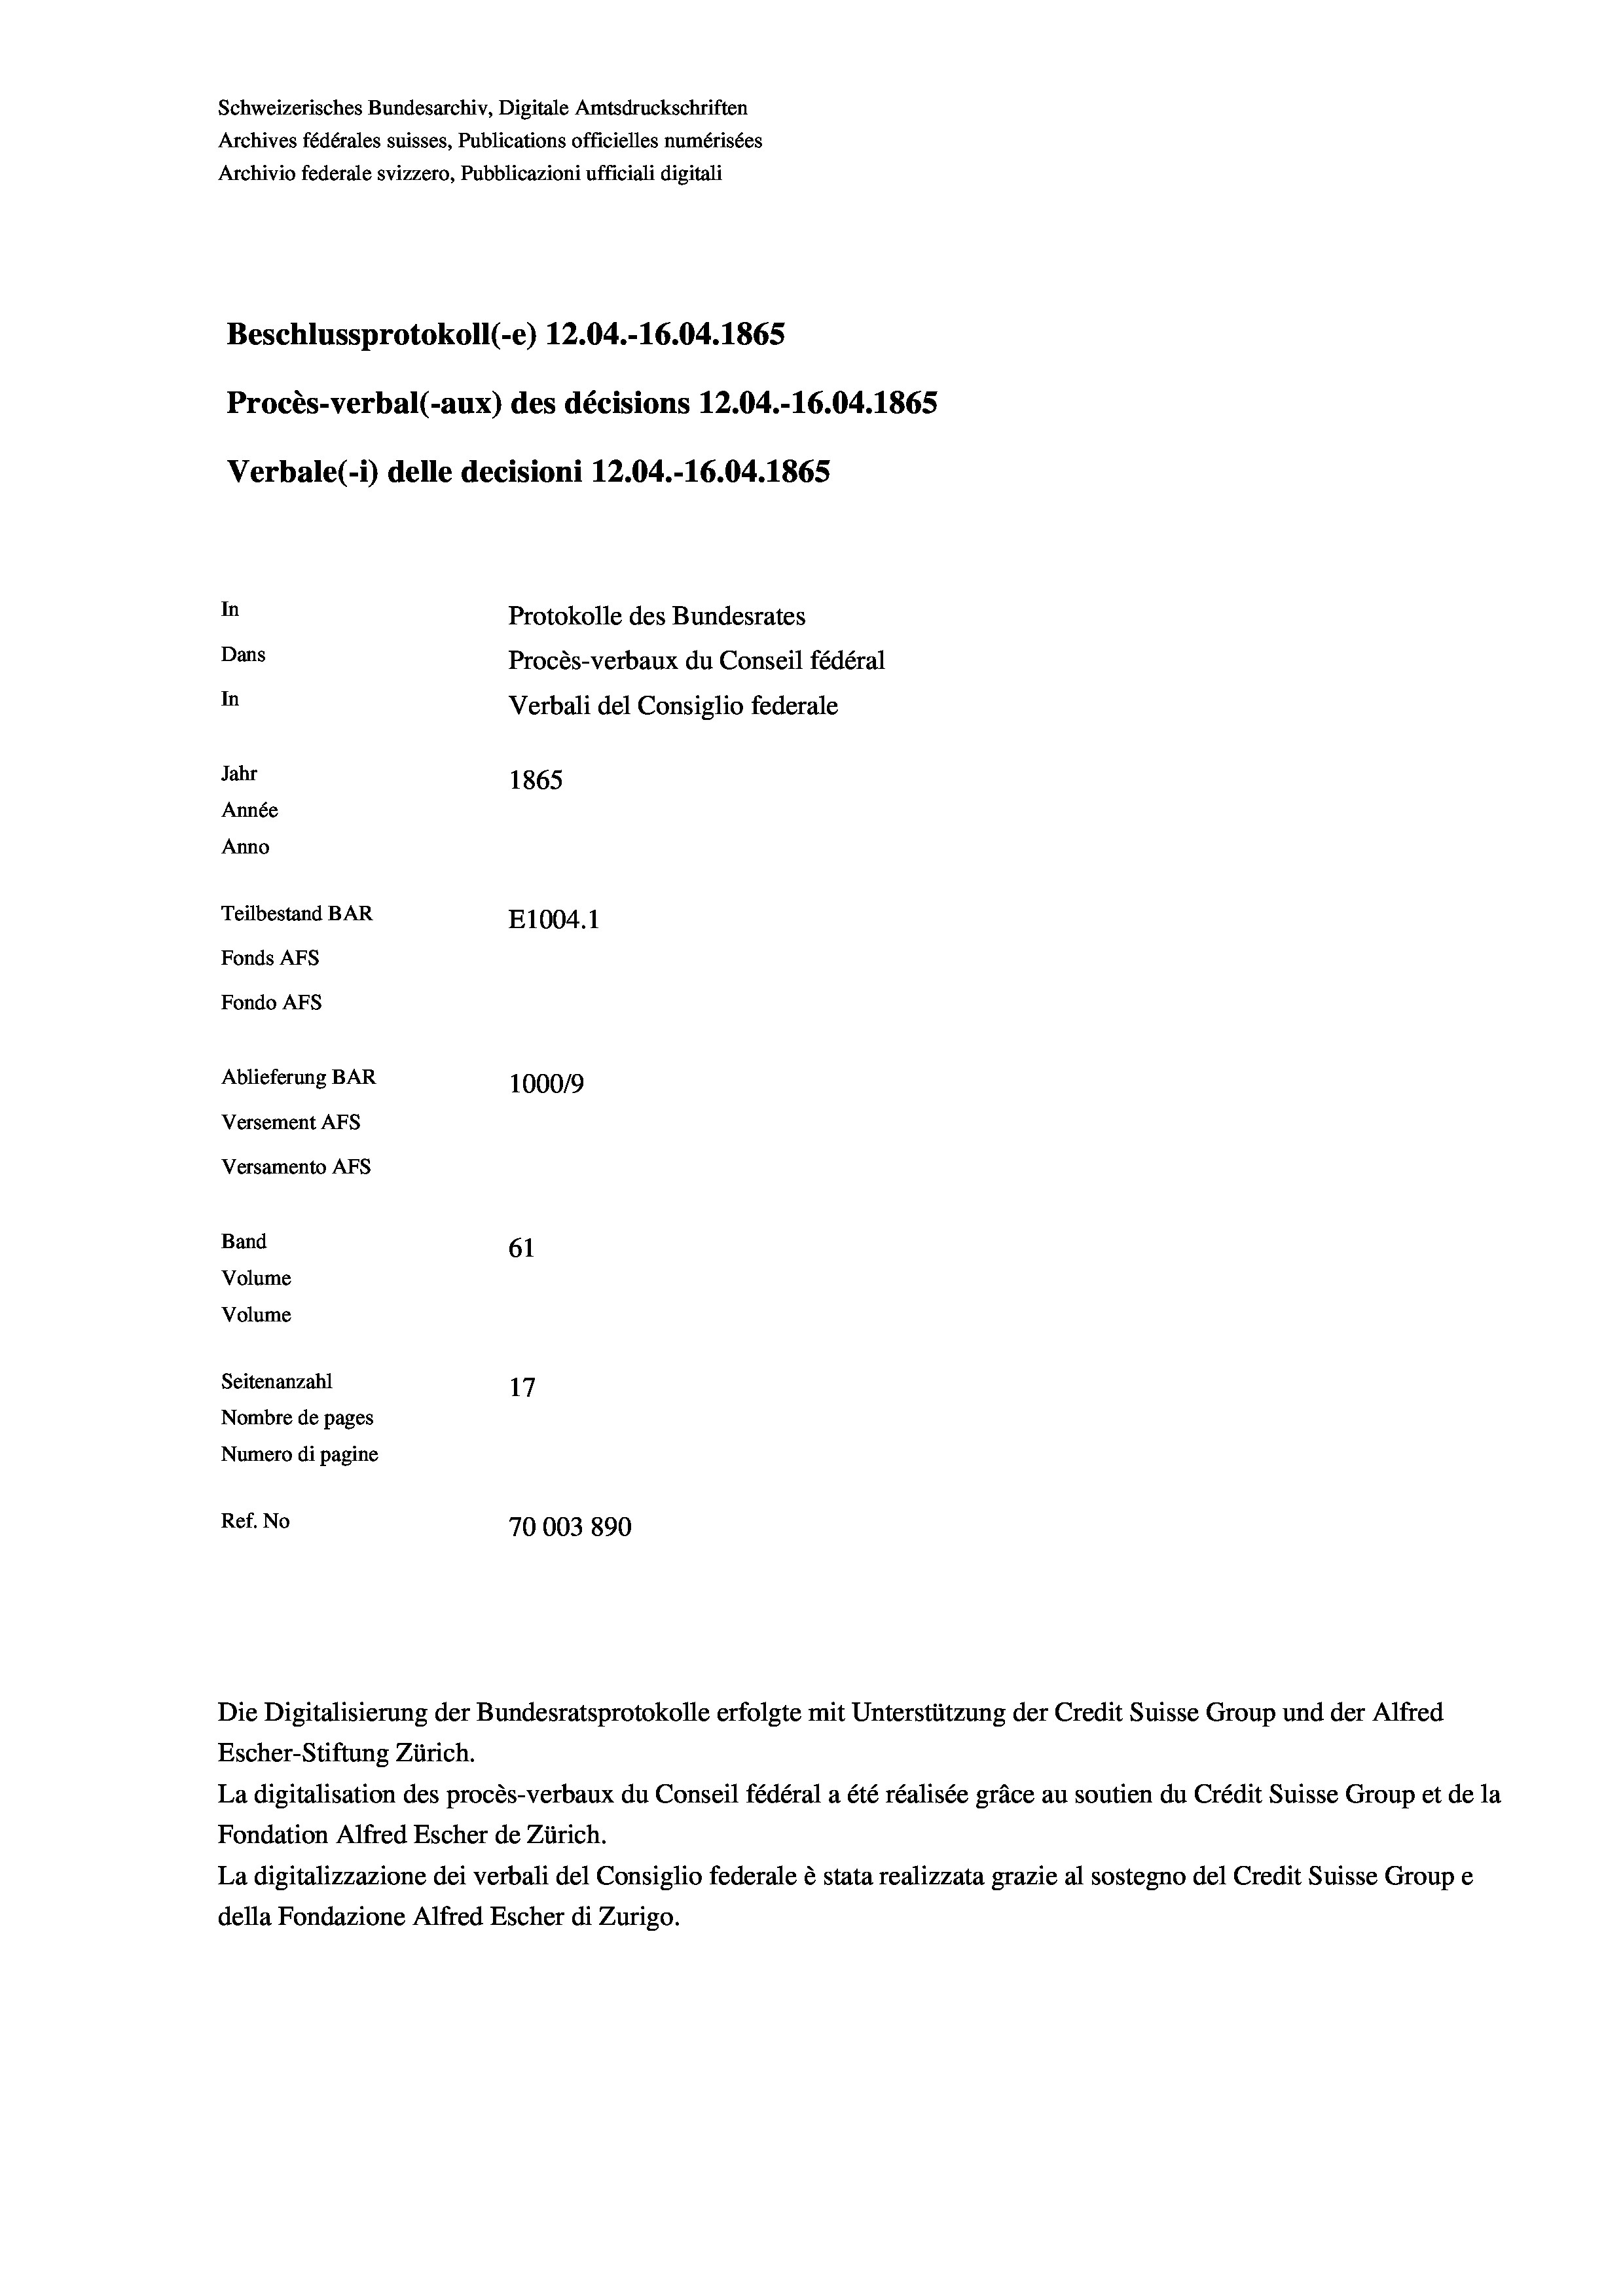
Schweizerisches Bundesarchiv, Digitale Amtsdruckschriften
Archives fédérales suisses, Publications officielles numérisées
Archivio federale svizzero, Pubblicazioni ufficiali digitali
Beschlussprotokoll (-e) 12.04.-16.04. 1865
Procès-verbal (-aux) des décisions 12.04.-16.04. 1865
Verbale(-*) delle decisioni 12.04.-16.04. 1865
In
Protokolle des Bundesrates
Dans
Procès-verbaux du Conseil fédéral
In
Verbali del Consiglio federale
Jahr
1865
Année
Anno
Teilbestand BAR
E1004. 1
Fonds AFs
Fondo Afs
Ablieferung BAR
100019
Versement AFs
Versamento AFs

61
Seitenanzahl
17
Nombre de pages
Numero di pagine
Ref. No
70003 890

Band
Volume
Volume

Escher-Stiftung Zürich.
La digitalisation des procès-verbaux du Conseil fédéral a été réalisée gräce au soutien du Crédit Suisse Group et de la
Fondation Alfred Escher de Zürich.
La digitalizzazione dei verbali del Consiglio federale è stata realizzata grazie al sostegno del Credit Suisse Groupe
della Fondazione Alfred Escher di Zurigo.

Die Digitalisierung der Bundesratsprotokolle erfolgte mit Unterstützung der Credit Suisse Group und der Alfred